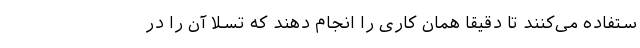
ستفاده می‌کنند تا دقیقاً همان کاری را انجام دهند که تسلا آن را در